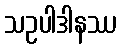
သဥပါဒါနဿ